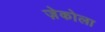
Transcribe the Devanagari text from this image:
ज़ेकोला